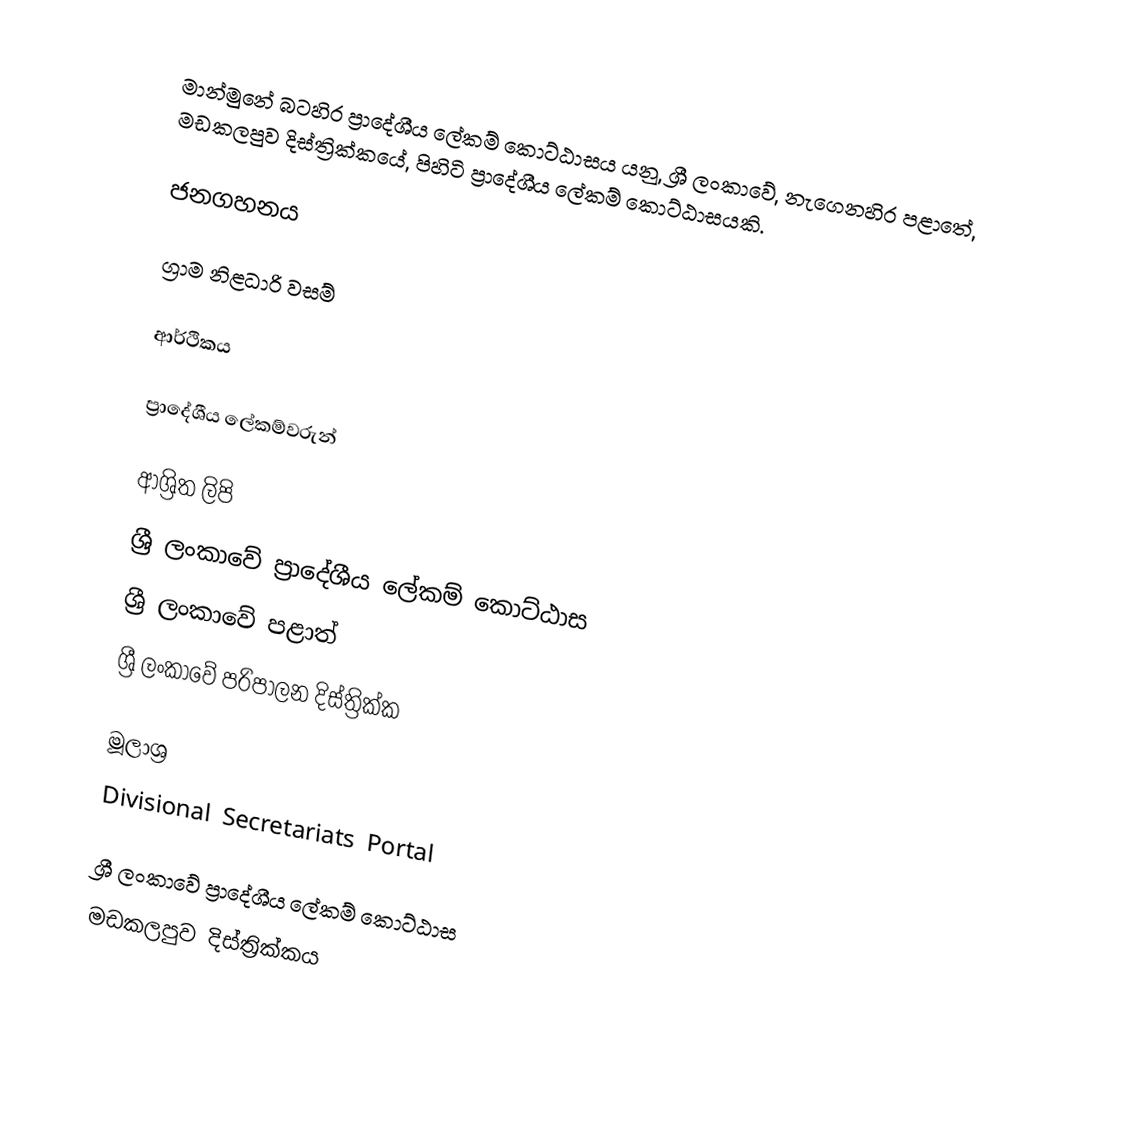
මාන්මුනේ බටහිර ප්‍රාදේශීය ලේකම් කොට්ඨාසය යනු,  ශ්‍රී ලංකාවේ, නැගෙනහිර පළාතේ,   මඩකලපුව දිස්ත්‍රික්කයේ, පිහිටි ප්‍රාදේශීය ලේකම් කොට්ඨාසයකි.

ජනගහනය

ග්‍රාම නිළධාරි වසම්

ආර්ථිකය

ප්‍රාදේශීය ලේකම්වරුන්

ආශ්‍රිත ලිපි
ශ්‍රී ලංකාවේ ප්‍රාදේශීය ලේකම් කොට්ඨාස
ශ්‍රී ලංකාවේ පළාත්
ශ්‍රී ලංකාවේ පරිපාලන දිස්ත්‍රික්ක

මූලාශ්‍ර
 Divisional Secretariats Portal

ශ්‍රී ලංකාවේ ප්‍රාදේශීය ලේකම් කොට්ඨාස
මඩකලපුව දිස්ත්‍රික්කය